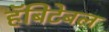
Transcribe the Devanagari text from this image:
हॅबिटेबल